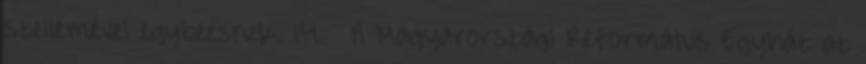
szellemével egybeesnek. 14. § A Magyarországi Református Egyház az